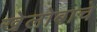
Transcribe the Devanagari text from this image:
खेलोबाचे